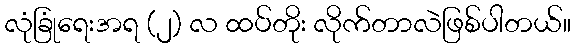
လုံခြုံရေးအရ (၂) လ ထပ်တိုး လိုက်တာလဲဖြစ်ပါတယ်။